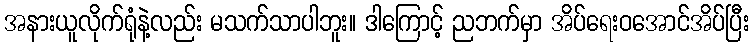
အနားယူလိုက်ရုံနဲ့လည်း မသက်သာပါဘူး။ ဒါကြောင့် ညဘက်မှာ အိပ်ရေးဝအောင်အိပ်ပြီး